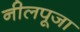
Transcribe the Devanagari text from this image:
नीलपूजा